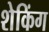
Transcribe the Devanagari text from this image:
शेकिंग